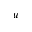
_ u